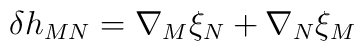
\delta h_{MN}=\nabla_M\xi_N+\nabla_N\xi_M